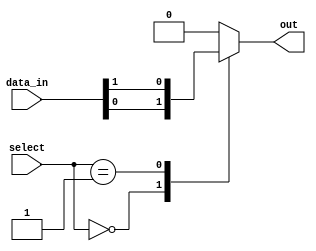
module mux_256to1 (
    input [255:0] data_in,
    input [7:0] select,
    output reg out
);

always @* begin
    case(select)
        8'b00000000: out = data_in[0];
        8'b00000001: out = data_in[1];
        // continue for all 256 input signals
        default: out = 0; // default value if no valid selection
    endcase
end

endmodule